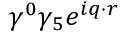
\gamma ^ { 0 } \gamma _ { 5 } e ^ { i \boldsymbol { q } \cdot \boldsymbol { r } }